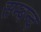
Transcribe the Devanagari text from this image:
सम्बन्द